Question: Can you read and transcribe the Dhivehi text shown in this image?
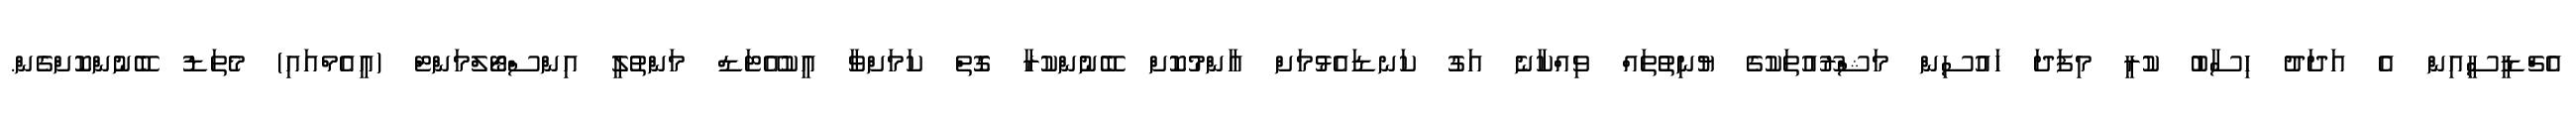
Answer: އެޗްޑީސީއިން އެ އަދަދު ހިސާބު ކުރީ މިފަދަ ހައުސިން މަޝްރޫއުތަކުގެ ޔުނިތުތައް ވިއްކާނެ އަގު ކަނޑައެޅުމަށް އާންމުކޮށް ބޭނުންކުރާ ގޮތް ކަމަށްވާ އީކުއޭޓަޑް މަންތުލީ އިންސްޓޯލްމަންޓް (އީއެމްއައި) މެތަޑު ބޭނުންކޮށްގެން.